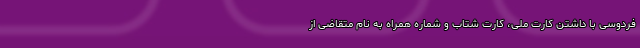
فردوسی با داشتن کارت ملی، کارت شتاب و شماره همراه به نام متقاضی از